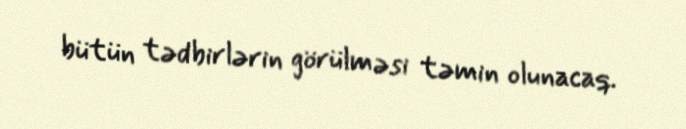
bütün tədbirlərin görülməsi təmin olunacaq.